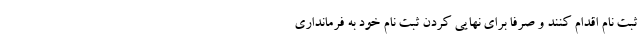
ثبت نام اقدام کنند و صرفا برای نهایی کردن ثبت نام خود به فرمانداری